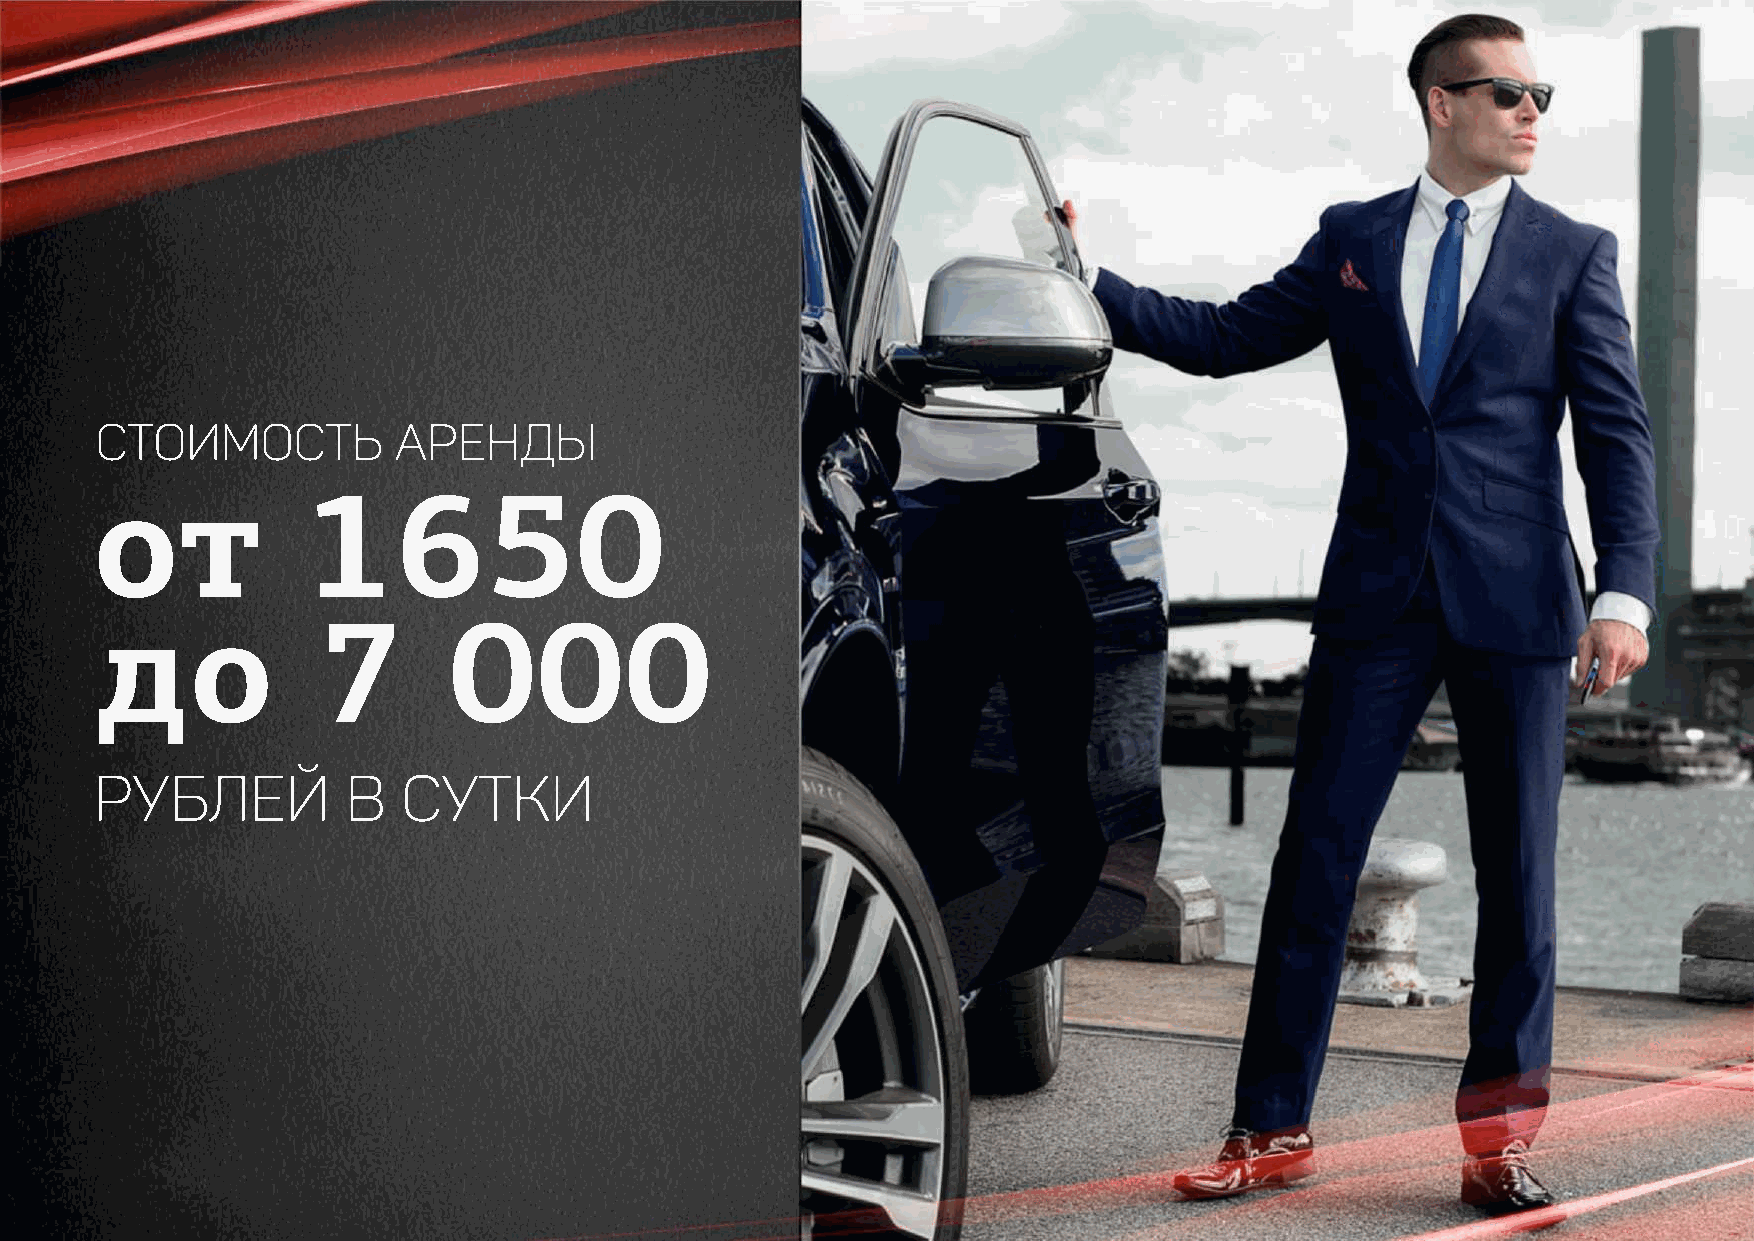
Стоимость           аренды
 от            1650
 до             7        000
 рублей           в   сутки